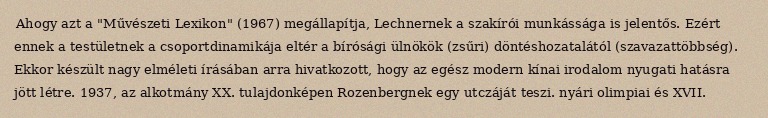
Ahogy azt a "Művészeti Lexikon" (1967) megállapítja, Lechnernek a szakírói munkássága is jelentős. Ezért ennek a testületnek a csoportdinamikája eltér a bírósági ülnökök (zsűri) döntéshozatalától (szavazattöbbség). Ekkor készült nagy elméleti írásában arra hivatkozott, hogy az egész modern kínai irodalom nyugati hatásra jött létre. 1937, az alkotmány XX. tulajdonképen Rozenbergnek egy utczáját teszi. nyári olimpiai és XVII.